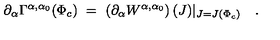
\partial _ { \alpha } \Gamma ^ { \alpha , \alpha _ { 0 } } ( \Phi _ { c } ) \ = \ \left( \partial _ { \alpha } W ^ { \alpha , \alpha _ { 0 } } \right) ( J ) \vert _ { J = J ( \Phi _ { c } ) } \quad .